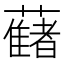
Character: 𧂤